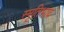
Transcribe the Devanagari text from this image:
स्मृतिभाव